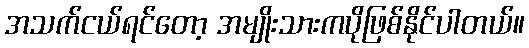
အသက်ငယ်ရင်တော့ အမျိုးသားကပိုဖြစ်နိုင်ပါတယ်။